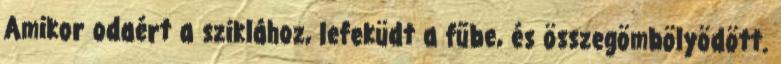
Amikor odaért a sziklához, lefeküdt a fűbe, és összegömbölyödött.